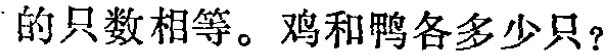
的只数相等。鸡和鸭各多少只？